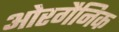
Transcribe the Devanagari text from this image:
ओरगैनिक